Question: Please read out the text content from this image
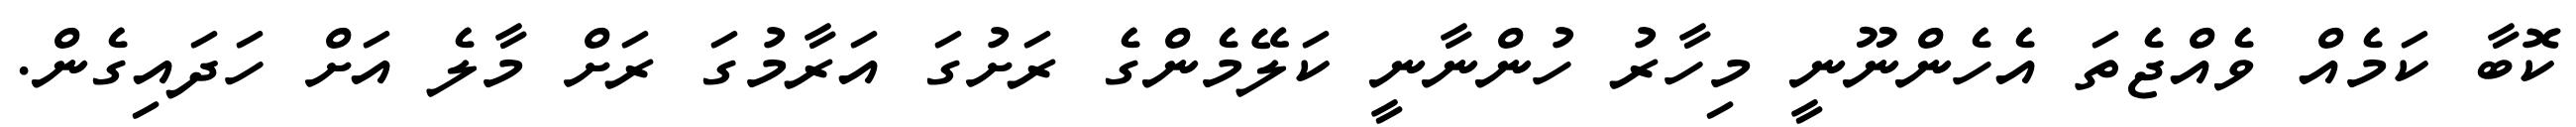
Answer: ކޮބާ ކަމެއް ވެއްޖެތަ އެހެންނޫނީ މިހާރު ހުންނާނީ ކަލޭމެންގެ ރަށުގަ އަރާމުގަ ރަށް މާލެ އަށް ހަދައިގެން.